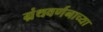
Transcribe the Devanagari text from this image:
ग्रंथवर्णनाच्या